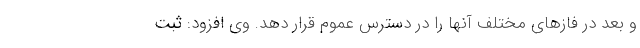
و بعد در فازهای مختلف آنها را در دسترس عموم قرار دهد. وی افزود: ثبت